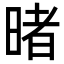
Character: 暏